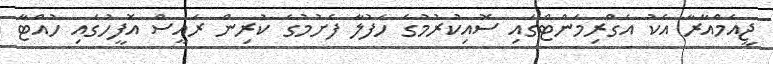
ޖީއެމްއާރާ އެކު އެގްރިމަންޓްގައި ސޮއިކުރުމުގެ ހަފުލާ ފެށުމުގެ ކުރިން ރައީސް އޮފީހުގައި ހުއްޓާ